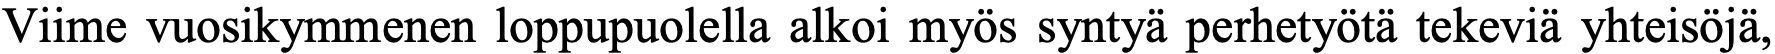
Viime vuosikymmenen loppupuolella alkoi myös syntyä perhetyötä tekeviä yhteisöjä,